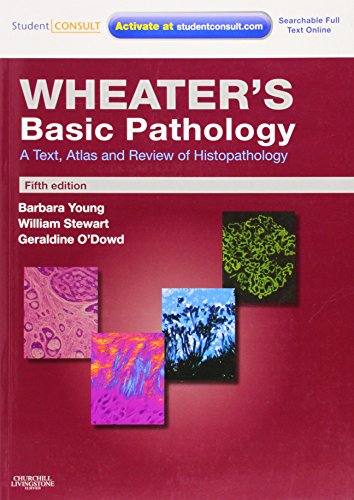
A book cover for Wheater's Basic Pathology: A Text, Atlas and Review of Histopathology: With STUDENT CONSULT Online Access, 5e (Wheater's Histology and Pathology); Barbara Young BSc  Med Sci (Hons)  PhD  MB  BChir  MRCP  FRCPA; Medical Books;